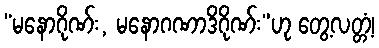
“မနောဂိုဏ်း, မနောဂဏာဒိဂိုဏ်း”ဟု တွေ့လတ္တံ့၊